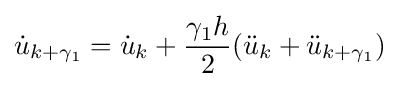
{\dot {u}}_{k+\gamma _{1}}={\dot {u}}_{k}+{\frac {\gamma _{1}h}{2}}({\ddot {u}}_{k}+{\ddot {u}}_{k+\gamma _{1}})